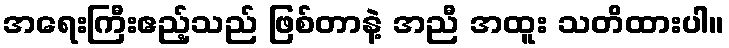
အရေးကြီးဧည့်သည် ဖြစ်တာနဲ့ အညီ အထူး သတိထားပါ။